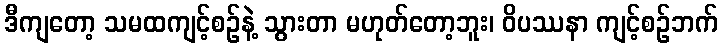
ဒီကျတော့ သမထကျင့်စဉ်နဲ့ သွားတာ မဟုတ်တော့ဘူး၊ ဝိပဿနာ ကျင့်စဉ်ဘက်